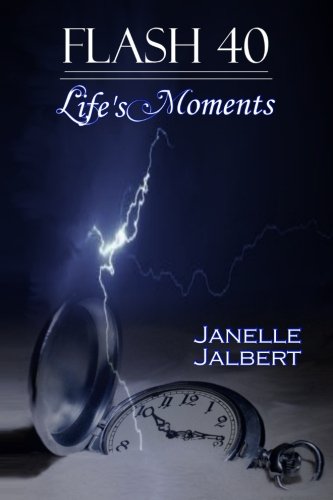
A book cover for Flash 40: Life's  Moments; Janelle Jalbert; Science Fiction & Fantasy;